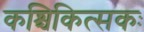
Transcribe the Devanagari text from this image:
कश्चिकित्सकः